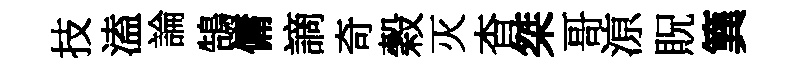
技溘論鵠傭謫奇穀灭杳桀哥鿌貺簨